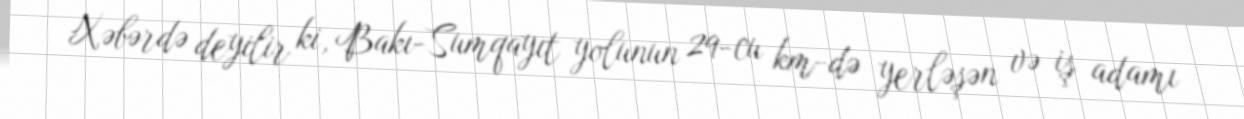
Xəbərdə deyilir ki, Bakı-Sumqayıt yolunun 29-cu km-də yerləşən və iş adamı